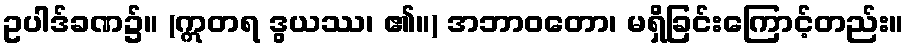
ဥပါဒ်ခဏ၌။ (ဣတရ ဒွယဿ၊ ၏။) အဘာဝတော၊ မရှိခြင်းကြောင့်တည်း။